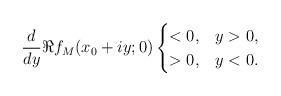
LaTeX: \begin{align*} \frac{d}{dy} \Re f_M(x_0 + iy; 0) \begin{cases} < 0, & y > 0, \\ > 0, & y < 0. \end{cases} \end{align*}